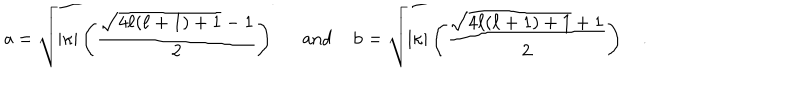
{ \sf a } = \sqrt { | { \kappa } | \left( \frac { \sqrt { 4 { \ell } ( { \ell } + 1 ) + 1 } - 1 } { 2 } \right) \; } \; \; \mathrm { a n d } \; { \sf b } = \sqrt { | { \kappa } | \left( \frac { \sqrt { 4 { \ell } ( { \ell } + 1 ) + 1 } + 1 } { 2 } \right) \; } .